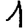
Digit: 1